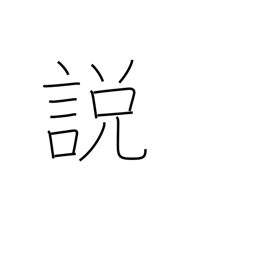
Meaning: theory